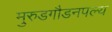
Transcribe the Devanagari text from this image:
मुरुडगौडनपल्य